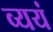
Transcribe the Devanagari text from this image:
व्ययं